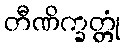
တီဏိက္ခတ္တုံ